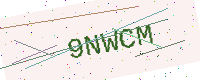
Text: 9NWCM